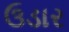
ઉડાર